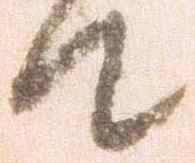
て